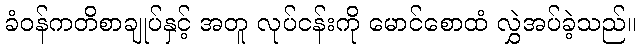
ခံဝန်ကတိစာချုပ်နှင့် အတူ လုပ်ငန်းကို မောင်စောထံ လွှဲအပ်ခဲ့သည်။